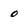
Character: 0